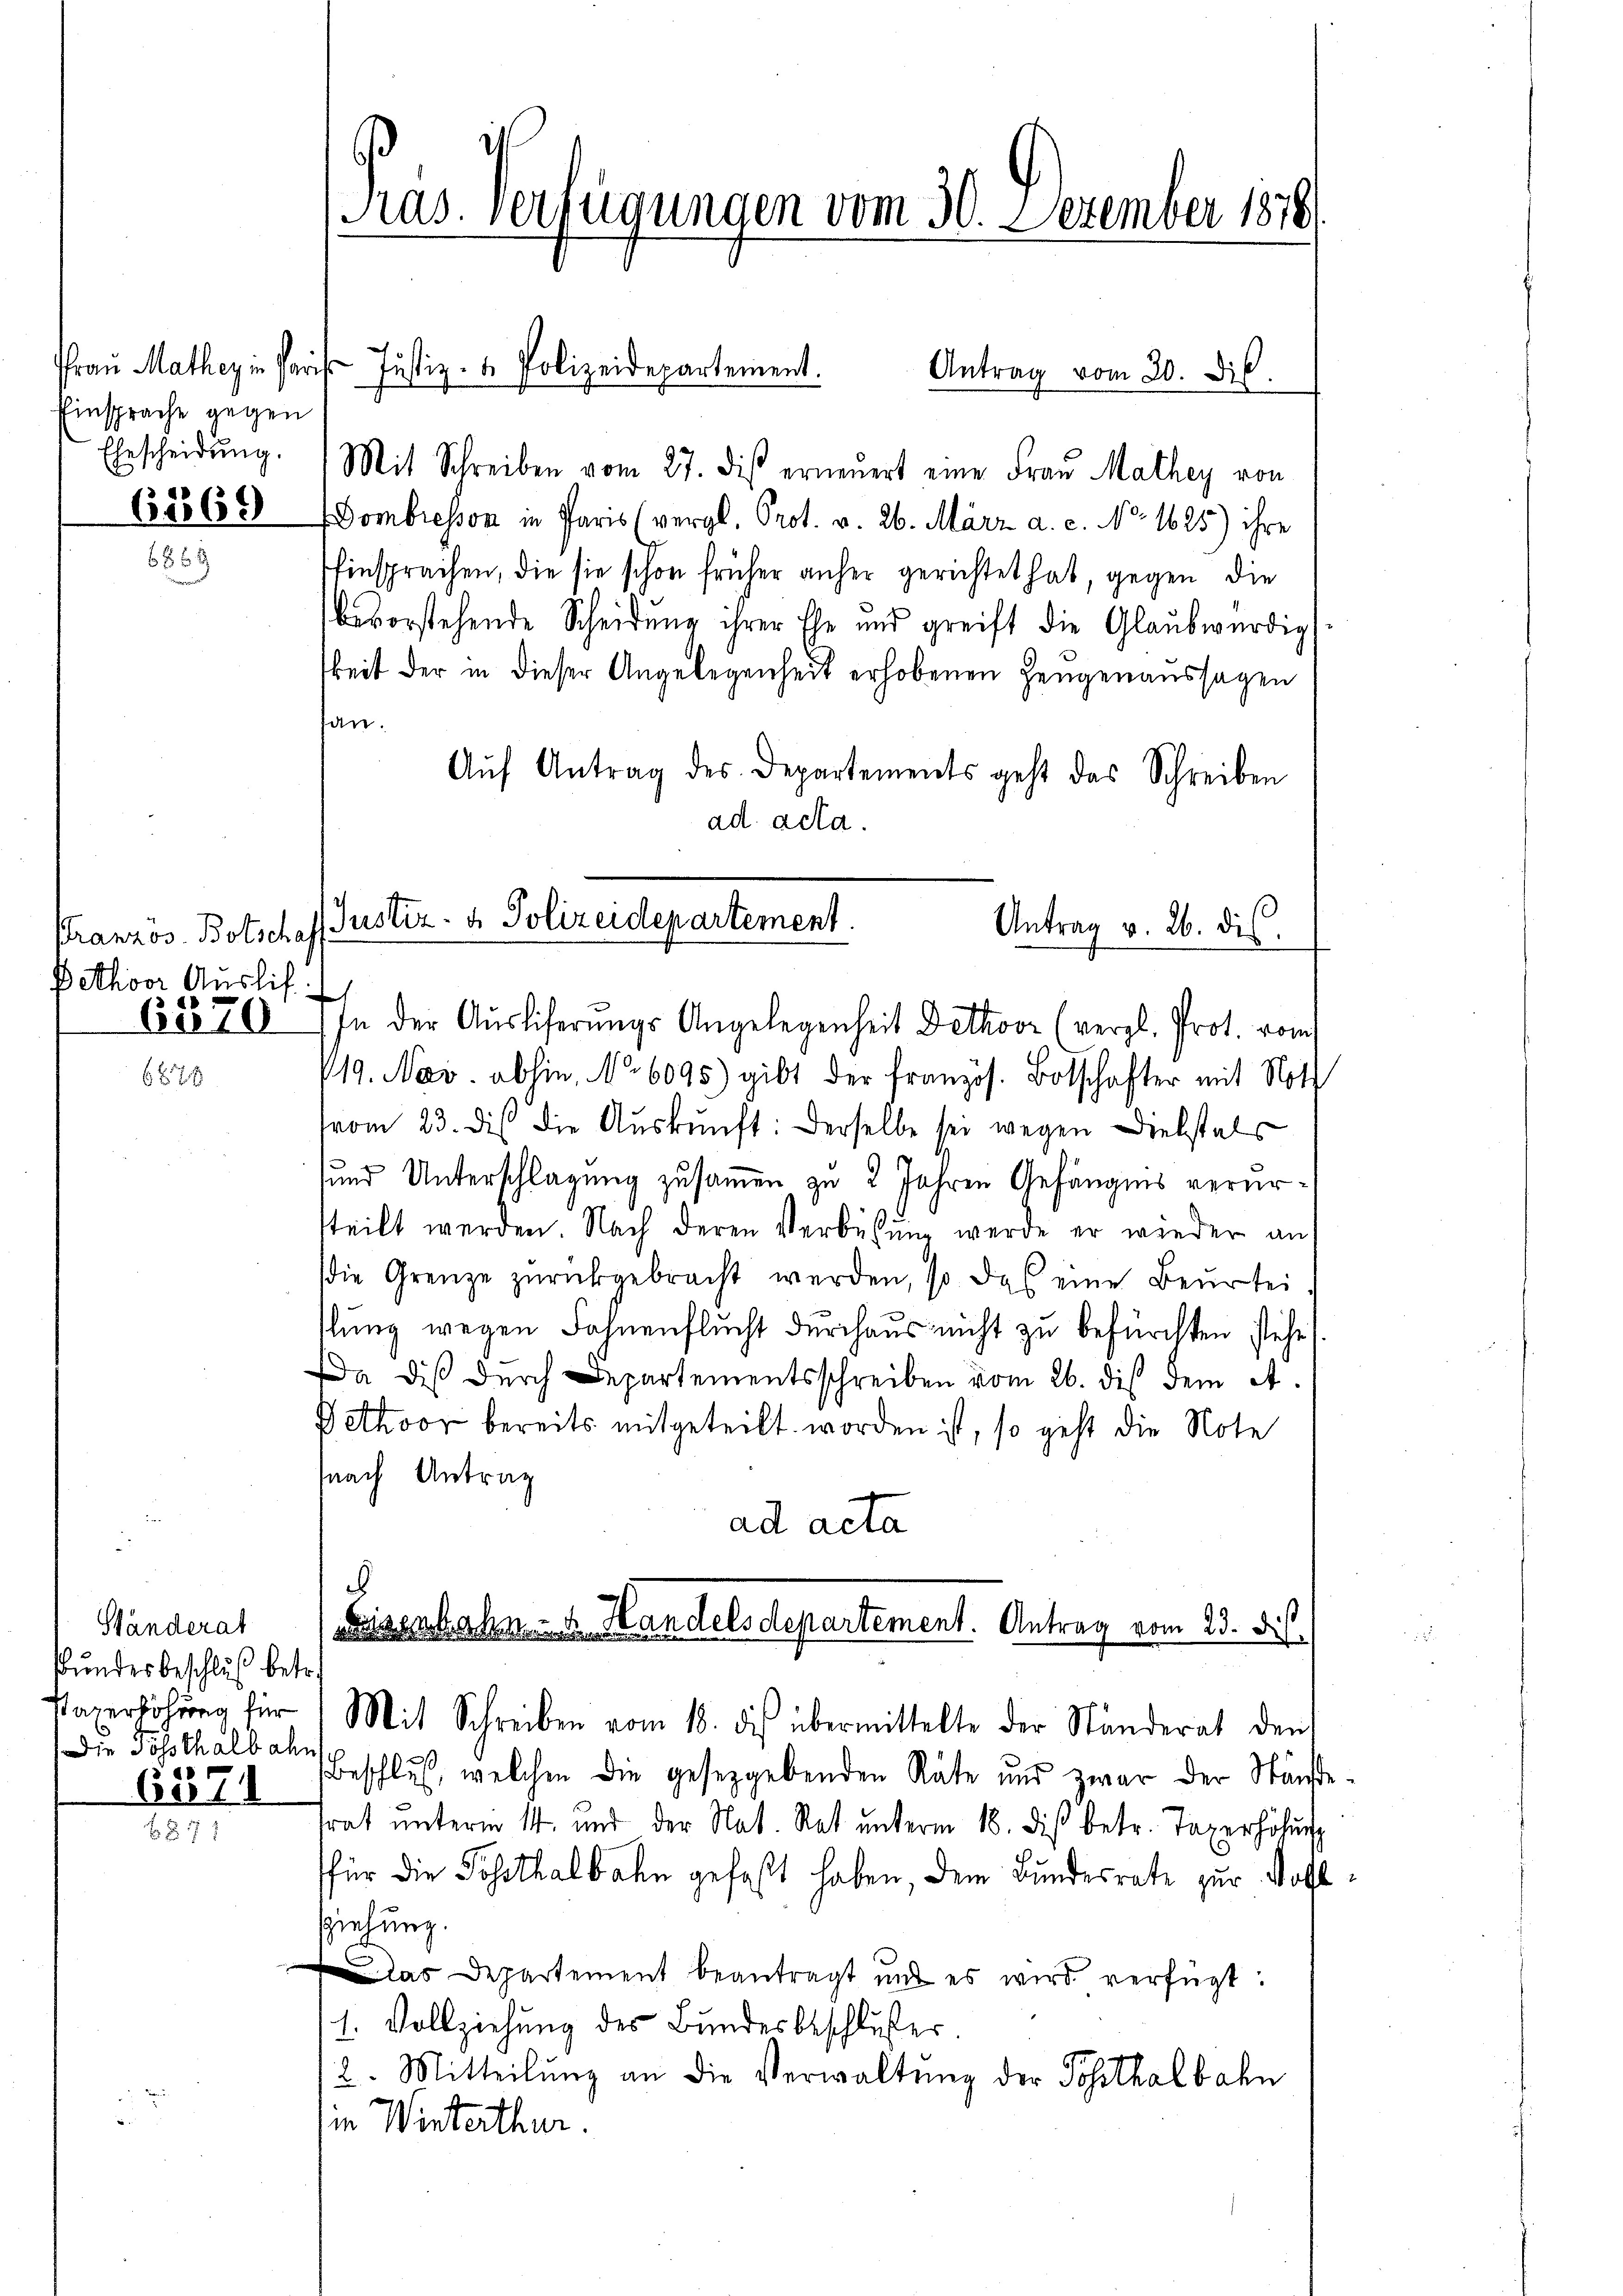
Einsprache gegen
Ehescheidung.

62869

Pranzos-Botschaf
Pethoor Auslif

6110

Ständerat
Bundesbeschluß betr.
Die Posthalbahn

657

s
Ras. Verfügungen vom 30. Dezember 1878

Antrag vom 30. Dik.
Mit Schreiben vom 27. dis erneŭert eine Frau Mathey von
Dombresson in Paris (vergl. Prot. v. 26. März a. c. No. 1625) ihre
Einsprachen, die sie schon früher anher gerichtet hat, gegen die
bevorstehende Scheidung ihrer Ehe und greift die Glaubwürdig
keit der in dieser Angelegenheit erhobenen Zeugenaussagen
tan.
Aŭf Antrag des Departements geht das Schreiben
ad acta.
In der Auslieferungs Angelegenheit Dethove (vergl. Prot. vom
419. Nov. abhin, No 6095) gibt der französ. Botschafter mit Noth
vom 23. dies die Aŭskŭnft: Derselbe sei wegen Diebstals
und Unterschlagung zusammen zu 2 Jahren Gefängnis verurtteilt werden. Nach deren Verbüßung werde er wieder auf
die Grenze zŭrückgebracht werden, so das eine Beurtei
slung wegen Fahnenflucht durchaus nicht zu befürchten steht).
a dis durch Departementsschreiben vom 26. dis dem A
Ahoor bereits mitgeteilt worden ist, so geht die Note
snach Antrag
ad acta
.

Praŭ Mathey in Paris Justiz- & Polizeidepartement.

Justiz- & Polizeidepartement.
Antrag v. 26. dies

Eisenhahn - u. Handels Departement. Antrag vom 23. dis
Kaxerhöhŭng für Mit Schreiben vom 18. dis übermittelte der Ständerat den

Beschluß, welchen die gesetzgebenden Räte und zwar der Ständetrat unterm 14. und der Nat. Rat unterm 18. diß betr. Taxerhöhŭng
für die Posthalbahn gefaßt haben, dem Bundesrate zur Vollsziehung.
das Departement beantragt und es wird verfügt:
11. Vollziehung des Bundesbeschlußes.
2. Mitteilŭng an die Verwaltŭng der Posthalbahn
in Winterthur.